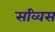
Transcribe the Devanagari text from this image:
सव्विस